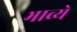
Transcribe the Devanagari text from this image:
भाव्ये